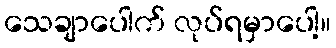
သေချာပေါက် လုပ်ရမှာပေါ့။